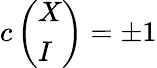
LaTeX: c\left(\begin{array}{l}{{X}}\\ {{I}}\end{array}\right)=\pm 1